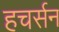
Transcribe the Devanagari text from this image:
हचर्सन